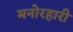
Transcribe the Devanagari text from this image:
मनोरहारी